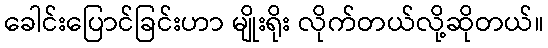
ခေါင်းပြောင်ခြင်းဟာ မျိုးရိုး လိုက်တယ်လို့ဆိုတယ်။